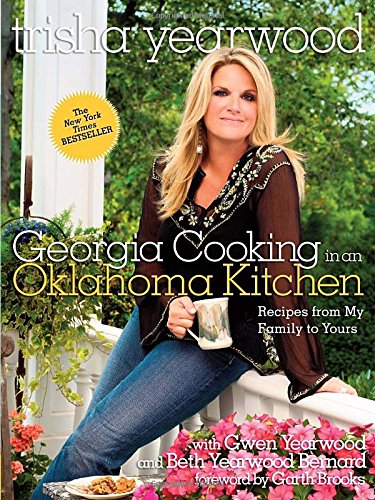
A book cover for Georgia Cooking in an Oklahoma Kitchen: Recipes from My Family to Yours; Trisha Yearwood; Cookbooks, Food & Wine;